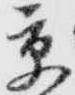
京